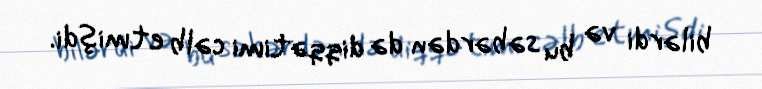
bilərdi və bu səbərdən də diqqətimi cəlb etmişdi.